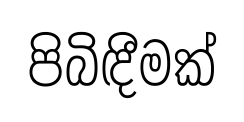
පිබිඳීමක්